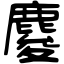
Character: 𪊴